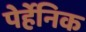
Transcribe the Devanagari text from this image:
पेर्हेनिक